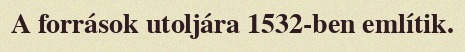
A források utoljára 1532-ben említik.